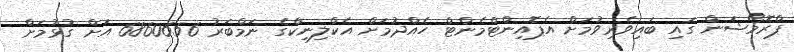
ޕްރޮމޯޝަން ގައި ބައިވެރިވުމަށް އެޕޮއިންޓްމެންޓް ހެއްދުމަށް އެކްލިނިކްގެ ނަމްބަރު 6860656 އަށް ގުޅުމަށް